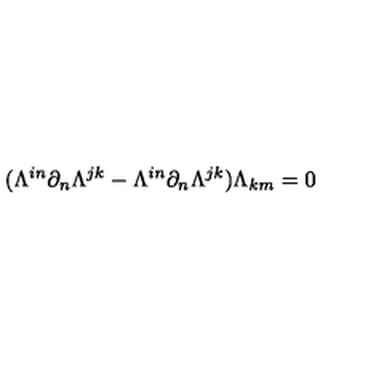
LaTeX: ( \Lambda ^ { i n } \partial _ { n } \Lambda ^ { j k } - \Lambda ^ { i n } \partial _ { n } \Lambda ^ { j k } ) \Lambda _ { k m } = 0